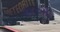
૨૮૦મી